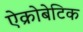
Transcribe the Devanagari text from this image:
ऐक्रोबेटिक